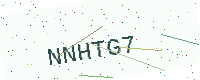
Text: NNHTG7